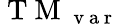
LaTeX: \mathrm{~T~M~}_{\mathrm{~v~a~r~}}